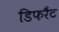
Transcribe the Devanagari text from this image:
डिफरैंट